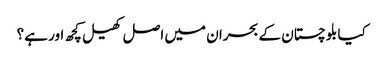
کیا بلوچستان کے بحران میں اصل کھیل کچھ اور ہے؟